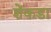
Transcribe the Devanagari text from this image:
शेंकडा